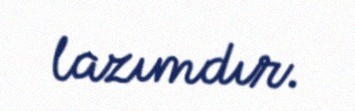
lazımdır.